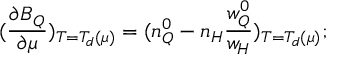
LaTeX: ( \frac { \partial B _ { Q } } { \partial \mu } ) _ { T = T _ { d } ( \mu ) } = ( n _ { Q } ^ { 0 } - n _ { H } \frac { w _ { Q } ^ { 0 } } { w _ { H } } ) _ { T = T _ { d } ( \mu ) } ;